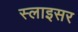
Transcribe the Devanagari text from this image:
स्लाइसर